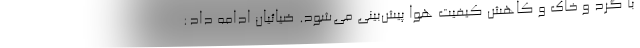
با گرد و خاک و کاهش کیفیت هوا پیش‌بینی می‌شود. ضیائیان ادامه داد: